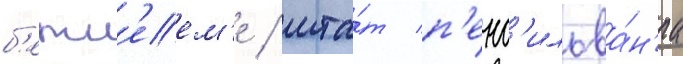
б'етл'еем'е / шта́т п'енс'ильва́н'иа